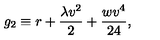
g _ { 2 } \equiv r + \frac { \lambda v ^ { 2 } } { 2 } + \frac { w v ^ { 4 } } { 2 4 } ,